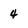
Character: 4